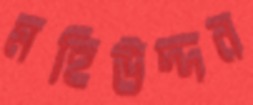
মহিউদ্দন